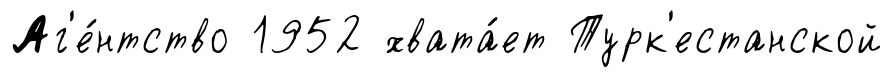
Аг'е́нтство 1952 хвата́ет Турк'естанской